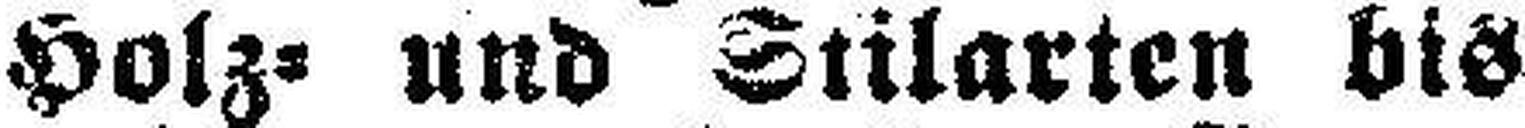
Holz= und Stilarten bis